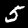
Digit: 5